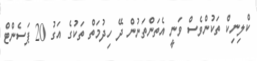
ކްލިނިކް ތަކުންވެސް ވަނީ އެތަންތަނުން ދޭ ހިދުމަތް ތަކުގެ އަގު 20 ޕަސެންޓް